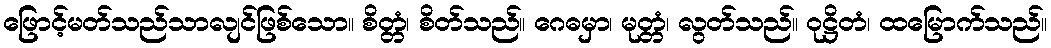
ဖြောင့်မတ်သည်သာလျင်ဖြစ်သော။ စိတ္တံ၊ စိတ်သည်။ ဂေဓမှာ၊ မုတ္တံ၊ လွတ်သည်။ ဝုဋ္ဌိတံ၊ ထမြောက်သည်။